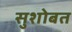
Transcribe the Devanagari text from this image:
सुशोबत